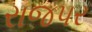
રાજપર